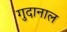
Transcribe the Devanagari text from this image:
गुदानाल